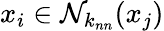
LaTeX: x_{i}\in\mathcal N_{k_{nn}}(x_{j})